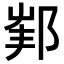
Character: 𨛟